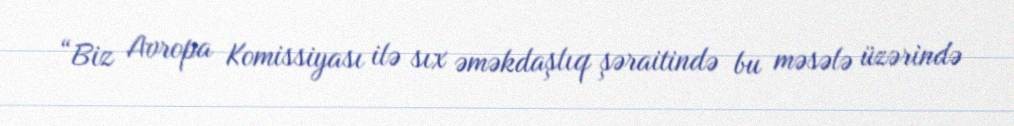
“Biz Avropa Komissiyası ilə sıx əməkdaşlıq şəraitində bu məsələ üzərində